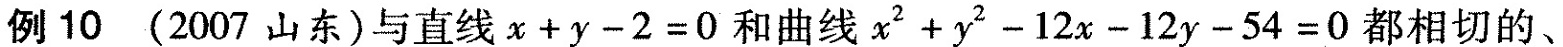
例 10 (2007山东)与直线$$x + y - 2 = 0$$和曲线$$x^{2} + y^{2} - 12x - 12y - 54 = 0$$都相切的、